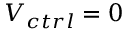
V _ { c t r l } = 0